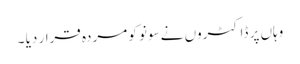
وہاں پر ڈاکٹروں نے سونو کو مردہ قرار دیا ۔